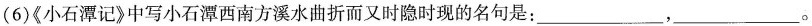
(6)《小石潭记》中写小石潭西南方溪水曲折而又时隐时现的名句是：___，___。